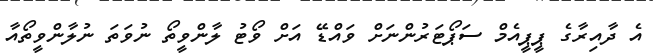
އެ ދާއިރާގެ ޕީޕީއެމް ސަޕޯޓަރުންނަށް ވައްޑޭ އަށް ވޯޓު ލާންވީތޯ ނުވަތަ ނުލާންވީތޯއާ